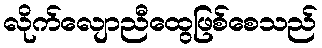
လိုက်လျောညီထွေဖြစ်စေသည်